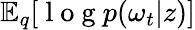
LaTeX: \mathbb{E}_{q}[\mathrm{~l~o~g~}p(\omega_{t}|z)]